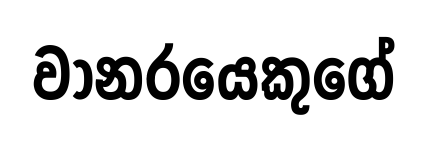
වානරයෙකුගේ